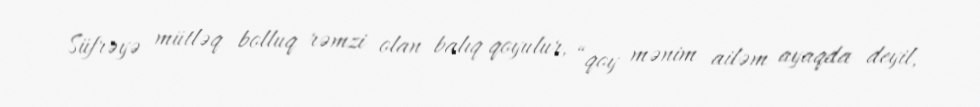
Süfrəyə mütləq bolluq rəmzi olan balıq qoyulur, “qoy mənim ailəm ayaqda deyil,